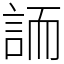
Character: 䛔